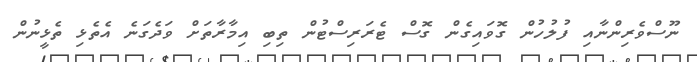
ނޫސްވެރިންނާއި ފުލުހުން ގޮވައިގެން ގޮސް ޓެރަރިސްޓުން ތިބި އިމާރާތަށް ވަދެގަނެ އެތެޅި ތެޅީނުން